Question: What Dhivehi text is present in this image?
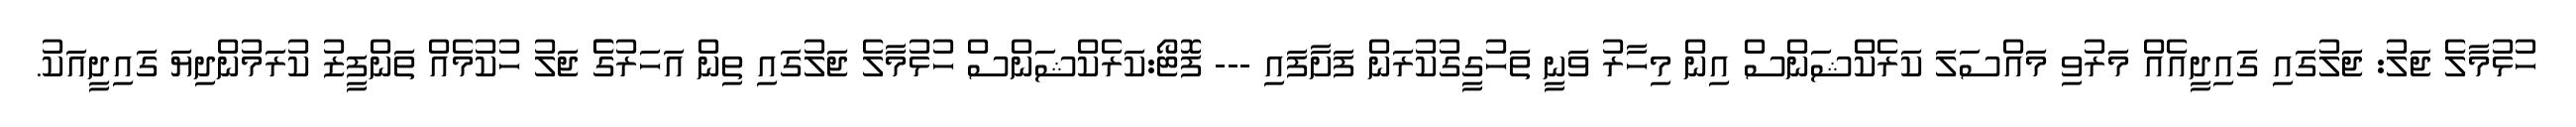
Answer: ހުޅުމާލެ ޖަލު: ޖަލުގައި ގައިދީއެއް މަރުވި މައްސަލަ ކަރެކްޝަންސް އިން މިހާރު ވަނީ ތަހުގީގުކުރަން ފަށާފައި --- ފޮޓޯ:ކަރެކްޝަންސް ހުޅުމާލެ ޖަލުގައި ތިން އަހަރުގެެ ޖަލު ހުކުމެއް ތަންފީޒު ކުރަމުންދިޔަ ގައިދީއަކު.